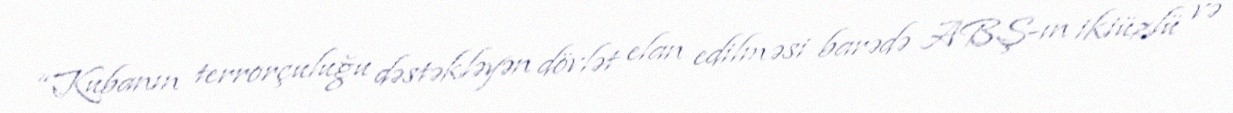
“Kubanın terrorçuluğu dəstəkləyən dövlət elan edilməsi barədə ABŞ-ın ikiüzlü və